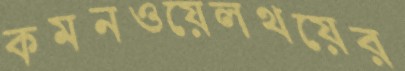
কমনওয়েলথয়ের